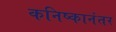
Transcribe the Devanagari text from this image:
कनिष्कानंतर